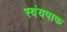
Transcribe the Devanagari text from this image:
स्वंयपाक